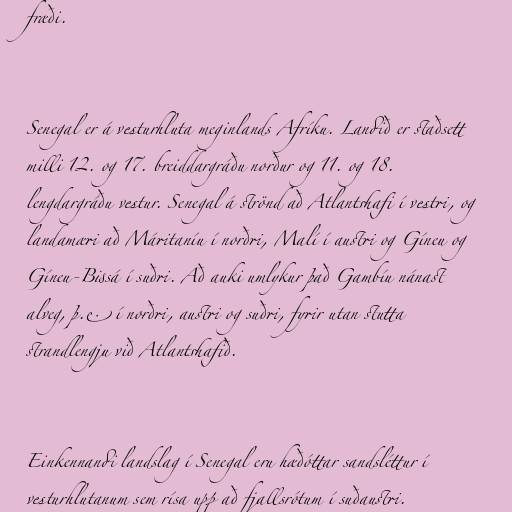
fræði.

Senegal er á vesturhluta meginlands Afríku. Landið er staðsett
milli 12. og 17. breiddargráðu norður og 11. og 18.
lengdargráðu vestur. Senegal á strönd að Atlantshafi í vestri, og
landamæri að Máritaníu í norðri, Malí í austri og Gíneu og
Gíneu-Bissá í suðri. Að auki umlykur það Gambíu nánast
alveg, þ.e. í norðri, austri og suðri, fyrir utan stutta
strandlengju við Atlantshafið.

Einkennandi landslag í Senegal eru hæðóttar sandsléttur í
vesturhlutanum sem rísa upp að fjallsrótum í suðaustri.